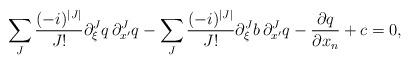
LaTeX: \begin{align*} \sum_{J} \frac{(-i)^{|J|}}{J !} \partial_{\xi}^{J}q \, \partial_{x^\prime}^{J}q - \sum_{J} \frac{(-i)^{|J|}}{J !} \partial_{\xi}^{J}b \, \partial_{x^\prime}^{J}q - \frac{\partial q}{\partial x_n} + c = 0,\end{align*}